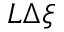
L \Delta \xi